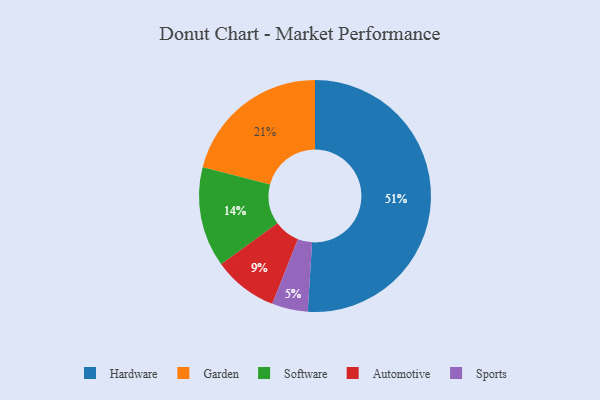
{"axis": {"x": "Category", "y": "Percentage"}, "legend": ["Automotive", "Garden", "Hardware", "Software", "Sports"], "data": [{"x": "Software", "y": 14, "type": "Software"}, {"x": "Garden", "y": 21, "type": "Garden"}, {"x": "Automotive", "y": 9, "type": "Automotive"}, {"x": "Hardware", "y": 51, "type": "Hardware"}, {"x": "Sports", "y": 5, "type": "Sports"}]}